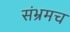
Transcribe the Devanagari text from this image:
संभ्रमच